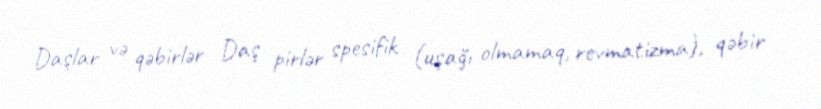
Daşlar və qəbirlər Daş pirlər spesifik (uşağı olmamaq, revmatizma), qəbir